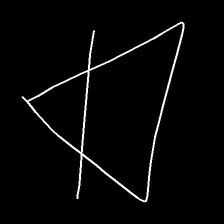
Glyph: empower